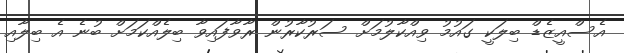
އެސްއީޒެޑް ބިލަކީ ގައުމު ވިއްކާލުމަށް ސަރުކާރުން ރާވާފައިވާ ބިލެއްކަމަށް ބުނެ އެ ބިލާއި